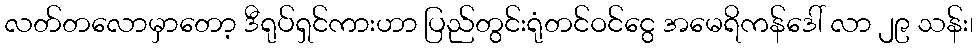
လတ်တလောမှာတော့ ဒီရုပ်ရှင်ကားဟာ ပြည်တွင်းရုံတင်ဝင်ငွေ အမေရိကန်ဒေါ် လာ ၂၉ သန်း၊